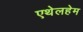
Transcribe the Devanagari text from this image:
एथेलहेम